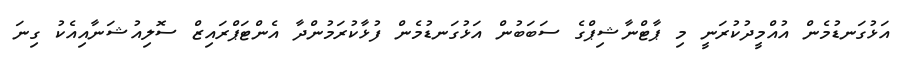
އަޅުގަނޑުމެން އުއްމީދުކުރަނީ މި ޕާޓްނާޝިޕްގެ ސަބަބުން އަޅުގަނޑުމެން ފުޅާކުރަމުންދާ އެންޓަޕްރައިޒް ސޮލިއުޝަނާއިއެކު ގިނަ